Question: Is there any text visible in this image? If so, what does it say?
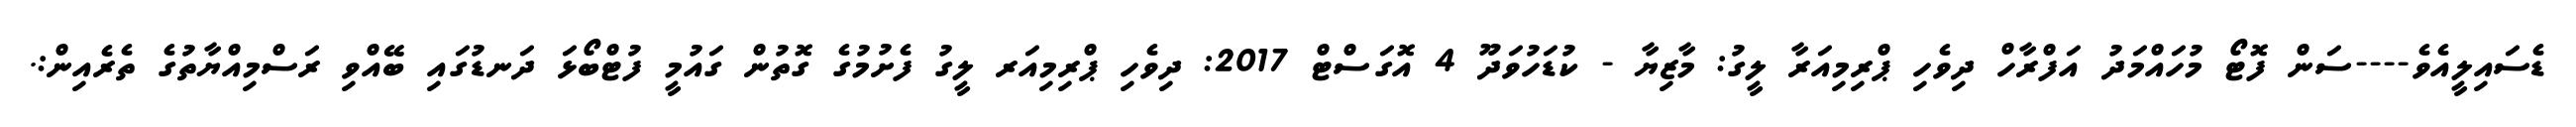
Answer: ޑެސައިލީއެވެ----ސަން ފޮޓޯ މުހައްމަދު އަފްރާހް ދިވެހި ޕްރިމިއަރާ ލީގު: މާޒިޔާ - ކުޑަހުވަދޫ 4 އޮގަސްޓް 2017: ދިވެހި ޕްރިމިއަރ ލީގު ފެށުމުގެ ގޮތުން ގައުމީ ފުޓްބޯޅަ ދަނޑުގައި ބޭއްވި ރަސްމިއްޔާތުގެ ތެރެއިން:.